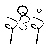
နဒီနံ